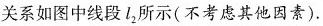
关系如图中线段l_{2}所示(不考虑其他因素)。